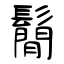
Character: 鬜